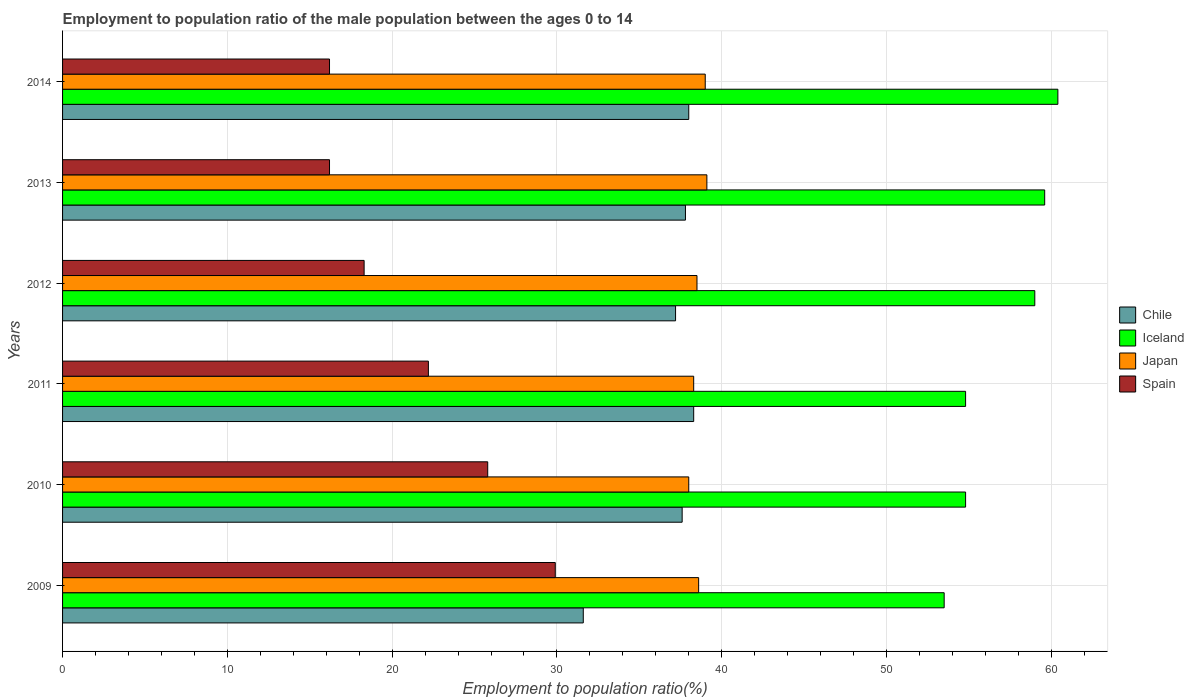
| Years | Chile | Iceland | Japan | Spain |
 | --- | --- | --- | --- | --- |
 | 2009 | 31.6 | 53.5 | 38.6 | 29.9 |
 | 2010 | 37.6 | 54.8 | 38 | 25.8 |
 | 2011 | 38.3 | 54.8 | 38.3 | 22.2 |
 | 2012 | 37.2 | 59 | 38.5 | 18.3 |
 | 2013 | 37.8 | 59.6 | 39.1 | 16.2 |
 | 2014 | 38 | 60.4 | 39 | 16.2 |